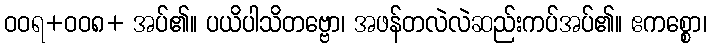
ဝဝရ+ဝဝ၈+ အပ်၏။ ပယိပါသိတဗ္ဗော၊ အဖန်တလဲလဲဆည်းကပ်အပ်၏။ ဧကစ္စော၊